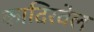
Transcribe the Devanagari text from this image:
कादिरवेल